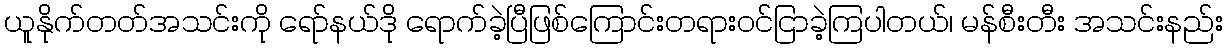
ယူနိုက်တတ်အသင်းကို ရော်နယ်ဒို ရောက်ခဲ့ပြီဖြစ်ကြောင်းတရားဝင်ငြာခဲ့ကြပါတယ်၊ မန်စီးတီး အသင်းနည်း